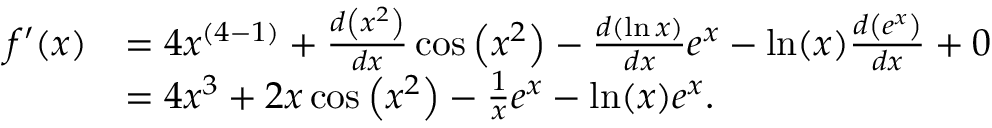
{ \begin{array} { r l } { f ^ { \prime } ( x ) } & { = 4 x ^ { ( 4 - 1 ) } + { \frac { d \left( x ^ { 2 } \right) } { d x } } \cos \left( x ^ { 2 } \right) - { \frac { d \left( \ln { x } \right) } { d x } } e ^ { x } - \ln ( x ) { \frac { d \left( e ^ { x } \right) } { d x } } + 0 } \\ & { = 4 x ^ { 3 } + 2 x \cos \left( x ^ { 2 } \right) - { \frac { 1 } { x } } e ^ { x } - \ln ( x ) e ^ { x } . } \end{array} }